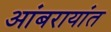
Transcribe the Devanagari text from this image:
आंबरायांत